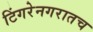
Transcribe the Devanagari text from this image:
टिंगरेनगरातच